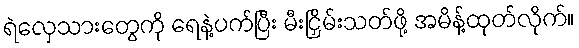
ရဲလှေသားတွေကို ရေနဲ့ပက်ပြီး မီးငြှိမ်းသတ်ဖို့ အမိန့်ထုတ်လိုက်။